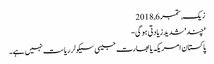
زیک, ‏ستمبر 6, 2018
'چند' شدید زیادتی ہو گی-
پاکستان امریکہ یا بھارت جیسی سیکولر ریاست نہیں ہے۔